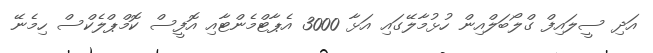
އަދި ސީލައިފް ގްލޯބަލްއިން ހުޅުމާލޭގައި އަޅާ 3000 އެޕާޓްމެންޓާއި އޮފީސް ކޮމްޕްލެކްސް ހިމެނޭ